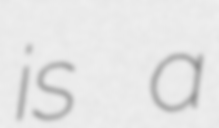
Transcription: is a